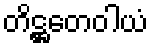
တိဋ္ဌတေဝါယံ